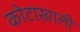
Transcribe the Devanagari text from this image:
कोटाखाली